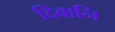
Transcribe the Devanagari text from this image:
दिवानि